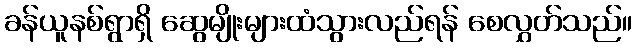
ခန်ယူနစ်ရွာရှိ ဆွေမျိုးများထံသွားလည်ရန် စေလွှတ်သည်။